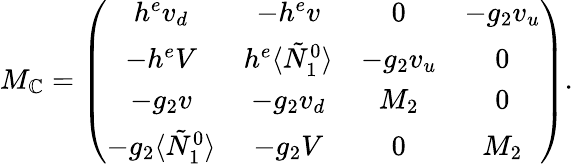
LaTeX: M_{\mathbb{C}}=\left(\begin{array}{cccc}{{h^{e}v_{d}}}&{{-h^{e}v}}&{{0}}&{{-g_{2}v_{u}}}\\ {{-h^{e}V}}&{{h^{e}\langle\tilde{N}_{1}^{0}\rangle}}&{{-g_{2}v_{u}}}&{{0}}\\ {{-g_{2}v}}&{{-g_{2}v_{d}}}&{{M_{2}}}&{{0}}\\ {{-g_{2}\langle\tilde{N}_{1}^{0}\rangle}}&{{-g_{2}V}}&{{0}}&{{M_{2}}}\end{array}\right).